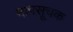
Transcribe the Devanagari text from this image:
मापसूचक